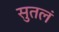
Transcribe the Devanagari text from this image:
सुतलं